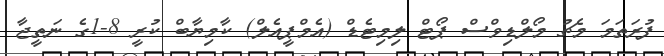
ފުރަތަމަ މެޗު މޯލްޑިވްސް ޕޯޓް ލިމިޓެޑް (އެމްޕީއެލް) ކާމިޔާބް ކުރީ 8-1ގެ ނަތީޖާ